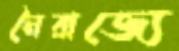
নৈরাজ্যে